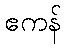
ဧကန်